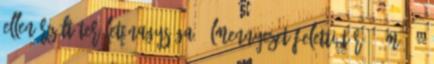
ellenõrzött terület nagysága. Álmennyezet feletti tér 40 m2 60